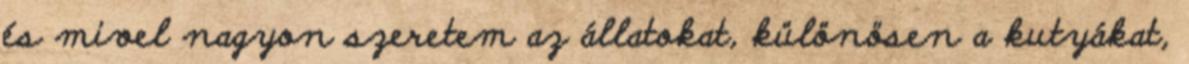
és mivel nagyon szeretem az állatokat, különösen a kutyákat,